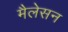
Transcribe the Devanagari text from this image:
मैलेसन